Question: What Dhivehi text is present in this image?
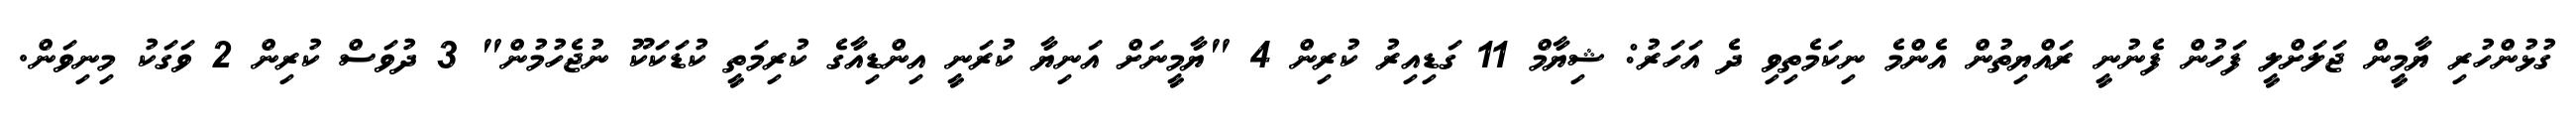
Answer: ގުޅުންހުރި ޔާމީން ޖަލަށްލީ ފަހުން ފެނުނީ ރައްޔިތުން އެންމެ ނިކަމެތިވި ދެ އަހަރު: ޝިޔާމް 11 ގަޑިއިރު ކުރިން 4 "ޔާމީނަށް އަނިޔާ ކުރަނީ އިންޑިއާގެ ކުރިމަތީ ކުޑަކަކޫ ނުޖެހުމުން" 3 ދުވަސް ކުރިން 2 ވަގަކު މިނިވަން.